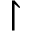
\upharpoonright